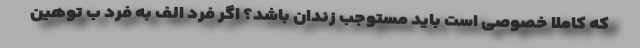
که کاملاً خصوصی است باید مستوجب زندان باشد؟ اگر فرد الف به فرد ب توهین